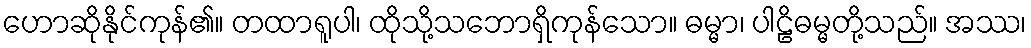
ဟောဆိုနိုင်ကုန်၏။ တထာရူပါ၊ ထိုသို့သဘောရှိကုန်သော။ ဓမ္မာ၊ ပါဠိဓမ္မတို့သည်။ အဿ၊